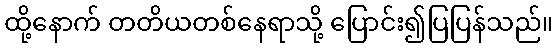
ထို့နောက် တတိယတစ်နေရာသို့ ပြောင်း၍ပြပြန်သည်။